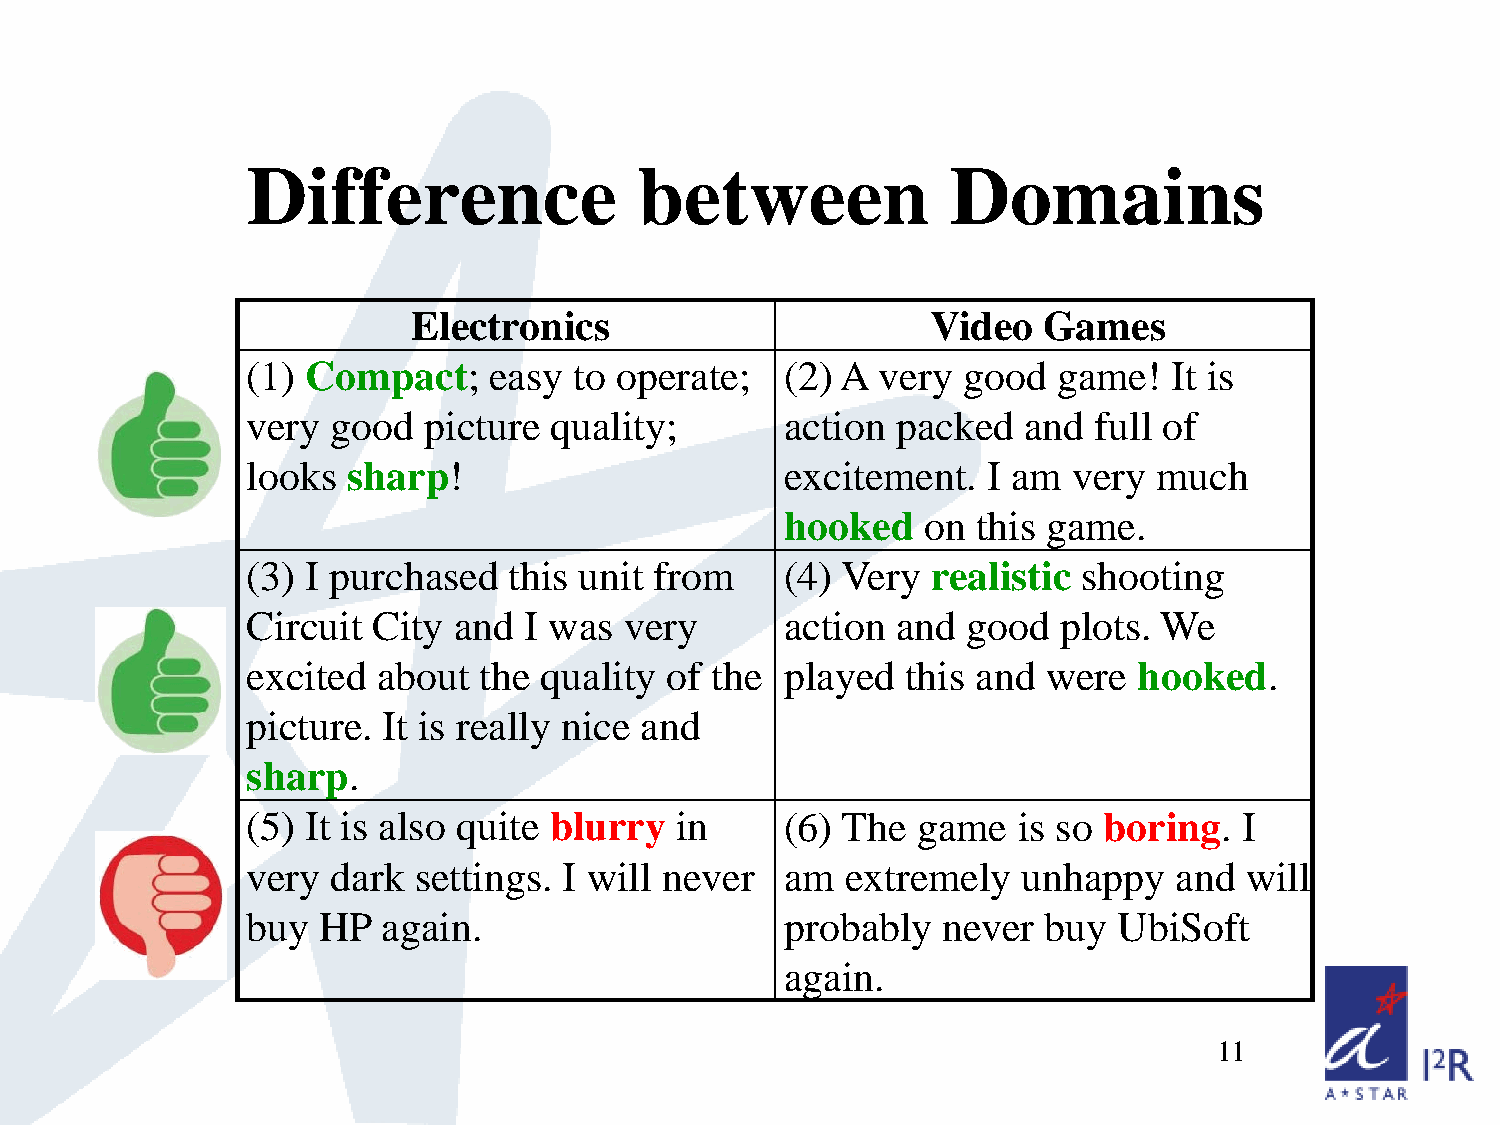
Difference                between              Domains
 Electronics                        Video  Games
 (1) Compact;    easy  to operate;   (2) A very  good  game!   It is
 very  good  picture quality;        action packed   and full of
 looks  sharp!                       excitement.  I am  very  much
 hooked   on  this game.
 (3) I purchased   this unit from    (4) Very  realistic shooting
 Circuit  City and  I was very       action and  good  plots. We
 excited  about  the quality of the  played  this and were  hooked.
 picture. It is really nice and
 sharp.
 (5) It is also quite blurry  in     (6) The  game  is so boring.  I
 very  dark settings. I will never   am  extremely   unhappy   and will
 buy  HP  again.                     probably  never  buy  UbiSoft
 again.
 11